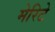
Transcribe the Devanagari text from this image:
मेरिटे